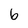
Character: b